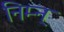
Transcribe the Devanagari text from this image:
निम्न्